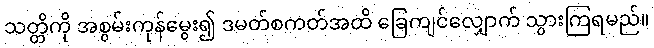
သတ္တိကို အစွမ်းကုန်မွေး၍ ဒမတ်စကတ်အထိ ခြေကျင်လျှောက် သွားကြရမည်။